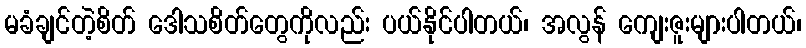
မခံချင်တဲ့စိတ် ဒေါသစိတ်တွေကိုလည်း ပယ်နိုင်ပါတယ်၊ အလွန် ကျေးဇူးများပါတယ်၊